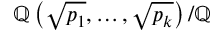
\mathbb { Q } \left( { \sqrt { p _ { 1 } } } , \ldots , { \sqrt { p _ { k } } } \right) / \mathbb { Q }